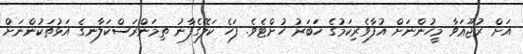
އަށް ރުޖޫޢަވާ މީހުންނަށް އުފާވެރިކަމުގެ ޚަބަރު ހުށްޓެވެ. ފަހެ ކަލޭގެފާނު ތިމަންރަސްކަލާނގެ އަޅުތަކުންނަށް